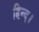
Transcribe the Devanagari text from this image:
हिन्द।